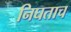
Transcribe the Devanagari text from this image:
निघताच